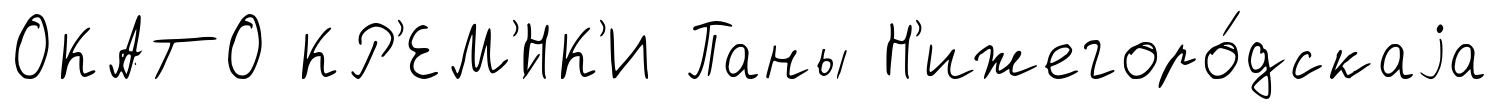
ОКАТО КР'ЕМ'́НК'И Паны Н'ижегоро́дскаjа